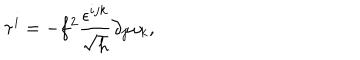
\tau ^ { i } = - f ^ { 2 } \frac { \epsilon ^ { i j k } } { \sqrt { h } } \partial _ { j } \omega _ { k } ,